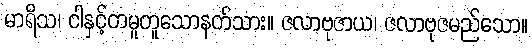
မာရိသ၊ ငါနှင့်တမူတူသောနတ်သား။ ဇလာဗုဇာယ၊ ဇလာဗုဇမည်သော။